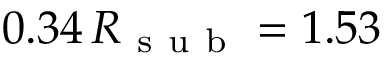
0 . 3 4 \, R _ { \mathrm { ~ s ~ u ~ b ~ } } = 1 . 5 3